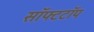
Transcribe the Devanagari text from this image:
सॉफ्टटॉप